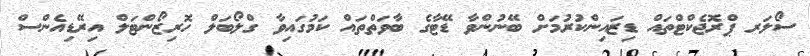
ސޯލަރ ޕްރޮޖެކްޓްތައް ޑިޒައިންކުރުމަށް ބޭނުންވާ ޑޭޓާގެ ބާވަތްތައް ކަމުގައިވާ ގްލޯބަލް ހޮރިޒޯންޓަލް އިރޭޑިއެންސް